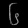
Digit: ၆